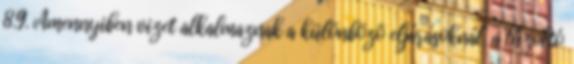
8.9. Amennyiben vizet alkalmaznak a különbözõ eljárásoknál, a tûzoltó